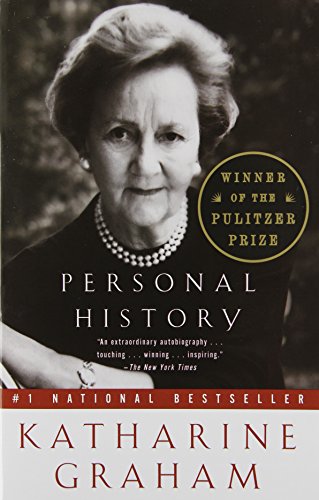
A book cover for Personal History; Katharine Graham; Biographies & Memoirs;